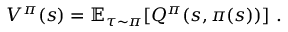
V ^ { \pi } ( s ) = \mathbb { E } _ { \tau \sim \pi } [ Q ^ { \pi } ( s , \pi ( s ) ) ] ~ .